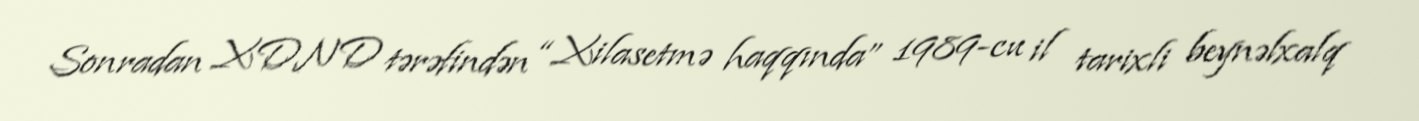
Sonradan XDND tərəfindən “Xilasetmə haqqında” 1989-cu il tarixli beynəlxalq